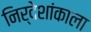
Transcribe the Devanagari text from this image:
निर्देशांकाला